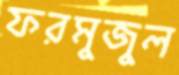
ফরমুজুল